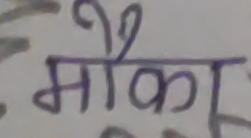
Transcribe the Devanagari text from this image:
मौका